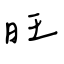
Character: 旺